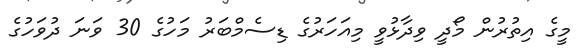
މީގެ އިތުރުން މޯދީ ވިދާޅުވީ މިއަހަރުގެ ޑިސެމްބަރު މަހުގެ 30 ވަނަ ދުވަހުގެ